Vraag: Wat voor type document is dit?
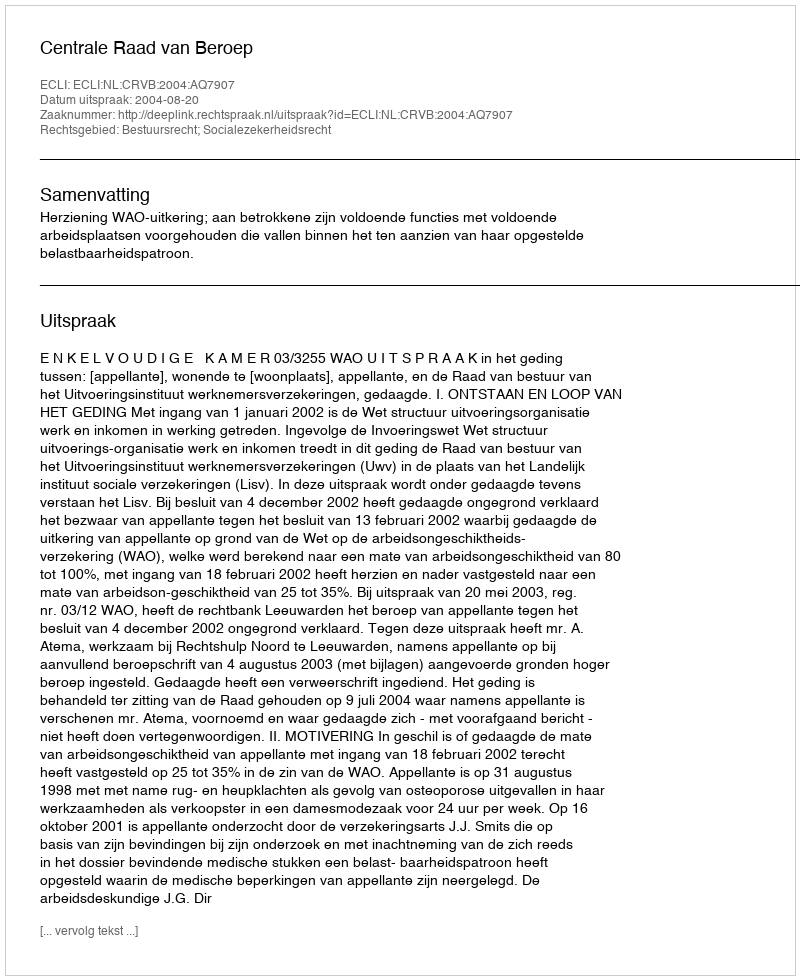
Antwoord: Uitspraak